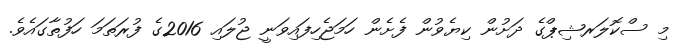
މި ސްކޮލަރޝިޕްގެ ދަށުން ކިޔެވުން ފެށެން ހަމަޖެހިފައިވަނީ ޖުލައި 2016ގެ ފުރަތަމަ ހަފުތާގައެވެ.